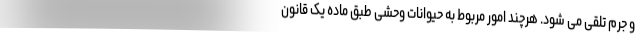
و جرم تلقی می شود. هرچند امور مربوط به حیوانات وحشی طبق ماده یک قانون